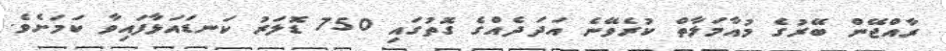
ރާއްޖޭން ބޭރުގެ މުއާމަލާތް ކުރެވޭނެ އަދަދެއްގެ ގޮތުގައި 750 ޑޮލަރު ކަނޑައަޅާފައިވާ ކަމަށެވެ.